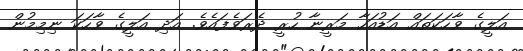
އަލީގެ ވާހަކަތައް އަޑުއަހާ މަރީނާ ހުރީ ދެރަވެފައެވެ. އަދި އަލީގެ ވާހަކަ ނިމިމުން